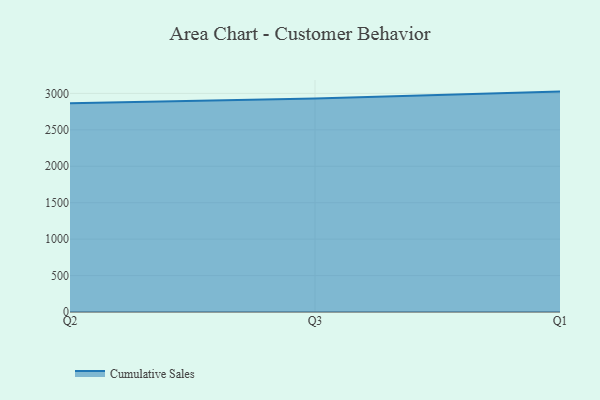
{"axis": {"x": "Quarter", "y": "Production Output"}, "legend": ["Cumulative Sales"], "data": [{"x": "Q2", "y": 2863.9, "type": "Cumulative Sales"}, {"x": "Q3", "y": 2929.5, "type": "Cumulative Sales"}, {"x": "Q1", "y": 3024.4, "type": "Cumulative Sales"}]}